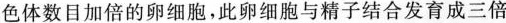
色体数目加倍的卵细胞，此卵细胞与精子结合发育成三倍